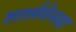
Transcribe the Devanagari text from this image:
शार्लमेनचा